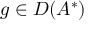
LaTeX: g \in D ( A ^ { * } )